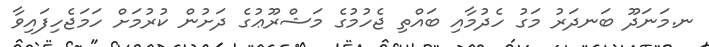
ނ.މަނަދޫ ބަނދަރު މަގު ހެދުމާއި ބައްތި ޖެހުމުގެ މަޝްރޫޢުގެ ދަށުން ކުރުމަށް ހަމަޖެހިފައިވާ